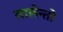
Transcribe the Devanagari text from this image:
सालेन्तो